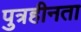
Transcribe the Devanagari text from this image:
पुत्रहीनता